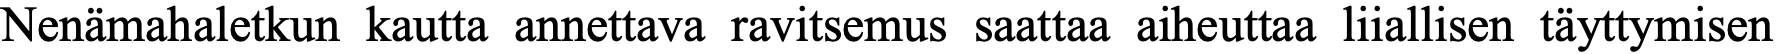
Nenämahaletkun kautta annettava ravitsemus saattaa aiheuttaa liiallisen täyttymisen